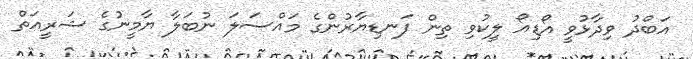
އަބްދު ވިދާޅުވީ އޯޑިއޯ ލީކުވި ތިން ފަނޑިޔާރުންގެ މައްސަލަ ނުބަލާ ޔާމީނުގެ ޝަރީއަތް